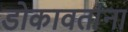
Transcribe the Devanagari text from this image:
डोकावतांना